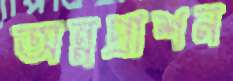
অন্নপ্রাশন